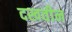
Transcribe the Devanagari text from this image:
दखवीन